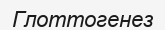
Глоттогенез